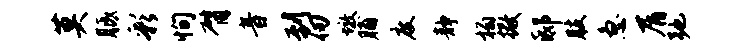
莫胝彩恂臂音到仞墩脯度静榻撒邸肢急屑弛